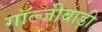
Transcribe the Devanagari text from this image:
गॉल्जीबाड़ी